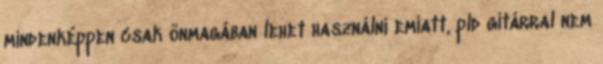
mindenképpen csak önmagában lehet használni emiatt, pld gitárral nem